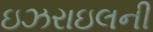
ઇઝરાઇલની